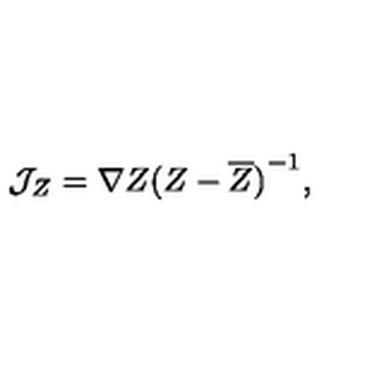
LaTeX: { \cal J } _ { Z } = \nabla Z { ( Z - \overline { { Z } } ) } ^ { - 1 } ,